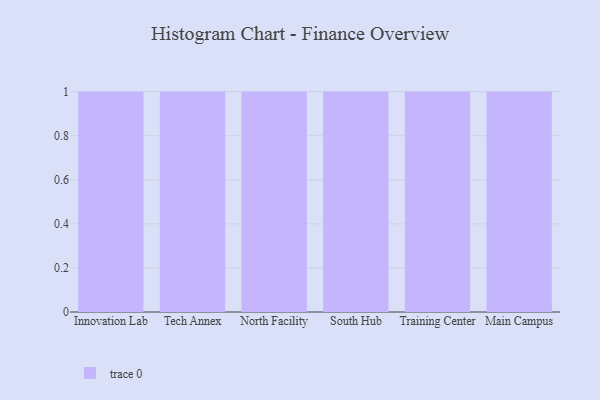
{"axis": {"x": "Campus", "y": "Budget (USD K)"}, "legend": [""], "data": [{"x": "Innovation Lab", "y": 50, "type": ""}, {"x": "Tech Annex", "y": 38, "type": ""}, {"x": "North Facility", "y": 84, "type": ""}, {"x": "South Hub", "y": 67, "type": ""}, {"x": "Training Center", "y": 92, "type": ""}, {"x": "Main Campus", "y": 7, "type": ""}]}